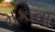
મકોના